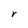
Character: r